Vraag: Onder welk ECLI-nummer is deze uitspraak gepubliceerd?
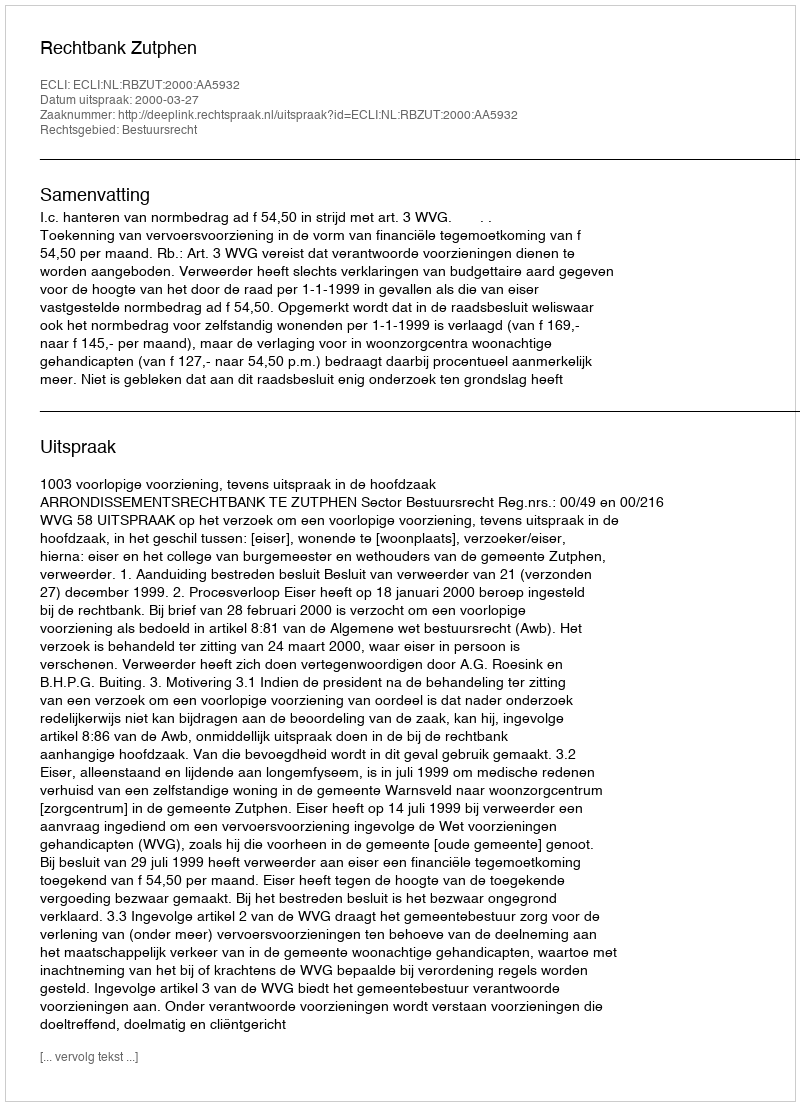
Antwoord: ECLI:NL:RBZUT:2000:AA5932